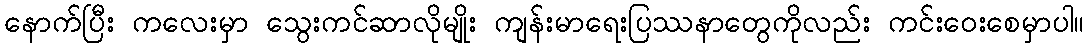
နောက်ပြီး ကလေးမှာ သွေးကင်ဆာလိုမျိုး ကျန်းမာရေးပြဿနာတွေကိုလည်း ကင်းဝေးစေမှာပါ။